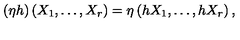
( \eta h ) \left( X _ { 1 } , \dots , X _ { r } \right) = \eta \left( h X _ { 1 } , \dots , h X _ { r } \right) ,